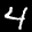
Label: 4